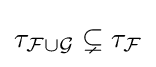
\tau _{{\mathcal {F}}\cup {\mathcal {G}}}\subsetneq \tau _{\mathcal {F}}